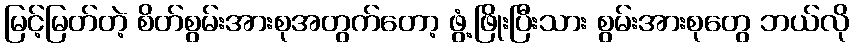
မြင့်မြတ်တဲ့ စိတ်စွမ်းအားစုအတွက်တော့ ဖွံ့ဖြိုးပြီးသား စွမ်းအားစုတွေ ဘယ်လို